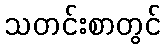
သတင်းစာတွင်